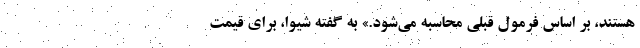
هستند، بر اساس فرمول قبلی محاسبه می‌شود.» به گفته شیوا، برای قیمت